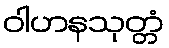
ဝါဟနသုတ္တံ